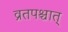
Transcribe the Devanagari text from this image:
व्रतपश्चात्‌